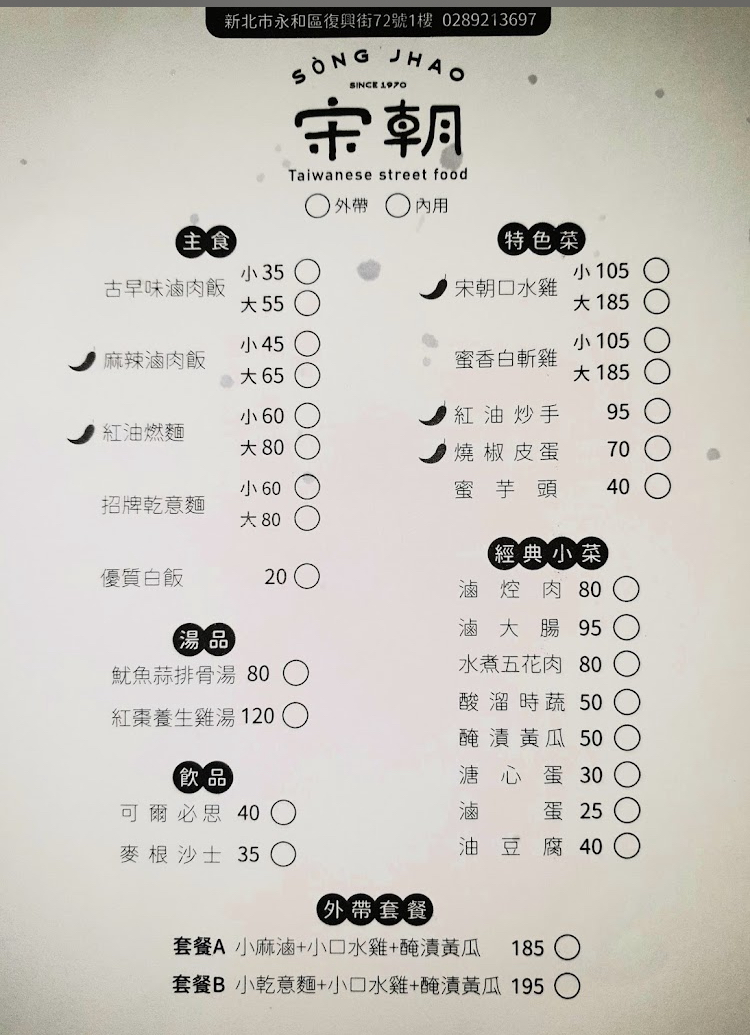
餐廳：宋朝
地址：新北市永和區復興街72號1樓
電話：0289213697
菜單：
name: 古早味滷肉飯小
price: 35
name: 古早味滷肉飯大
price: 55
name: 麻辣滷肉飯小
price: 45
name: 麻辣滷肉飯大
price: 65
name: 紅油燃麵小
price: 60
name: 紅油燃麵大
price: 80
name: 招牌乾意麵小
price: 60
name: 招牌乾意麵大
price: 80
name: 優質白飯
price: 20
name: 魷魚蒜排骨湯
price: 80
name: 紅棗養生雞湯
price: 120
name: 可爾必思
price: 40
name: 麥根沙士
price: 35
name: 宋朝口水雞小
price: 105
name: 宋朝口水雞大
price: 185
name: 蜜香白斬雞小
price: 105
name: 蜜香白斬雞大
price: 185
name: 紅油炒手
price: 95
name: 燒椒皮蛋
price: 70
name: 蜜芋頭
price: 40
name: 滷焢肉
price: 80
name: 滷大腸
price: 95
name: 水煮五花肉
price: 80
name: 酸溜時蔬
price: 50
name: 醃漬黃瓜
price: 50
name: 溏心蛋
price: 30
name: 滷蛋
price: 25
name: 油豆腐
price: 40
name: 套餐A(小麻滷+小口水雞+醃漬黃瓜)
price: 185
name: 套餐B(小乾意麵+小口水雞+醃漬黃瓜)
price: 195